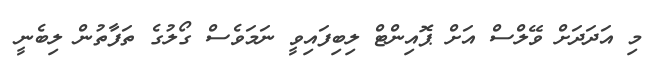
މި އަދަދަށް ވޭލްސް އަށް ޕޮއިންޓް ލިބިފައިވީ ނަމަވެސް ގޯލުގެ ތަފާތުން ލިބެނީ